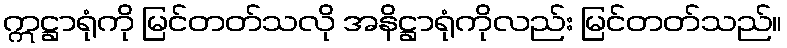
ဣဋ္ဌာရုံကို မြင်တတ်သလို အနိဋ္ဌာရုံကိုလည်း မြင်တတ်သည်။